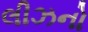
લીઝનો